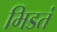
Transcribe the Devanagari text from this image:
भिडतं